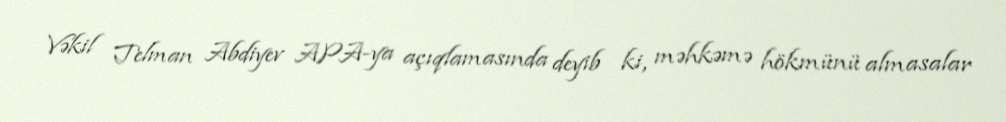
Vəkil Telman Abdiyev APA-ya açıqlamasında deyib ki, məhkəmə hökmünü almasalar